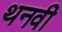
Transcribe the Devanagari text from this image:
थनवी